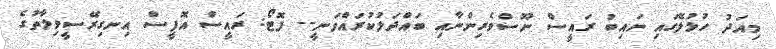
މިއަދު ހުޅުލޭގައި ނައިބު ރައީސް ނޫސްވެރިންނާއި ބައްދަލުކުރައްވަނީ-- ފޮޓޯ: ރައީސް އޮފީސް އިނގިރޭސީވިލާތުގެ